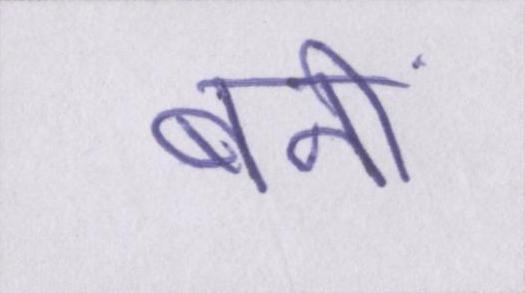
बनीं